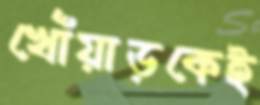
খোঁয়াড়কেই